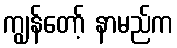
ကျွန်တော့် နာမည်က